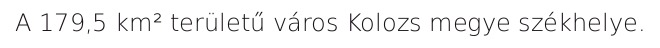
A 179,5 km² területű város Kolozs megye székhelye.